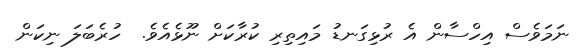
ނަމަވެސް އިހްސާން އެ ރުޅިގަނޑު މައިތިރި ކުރާކަށް ނޫޅެއެވެ.  ހުރެބަލަ ނިކަން